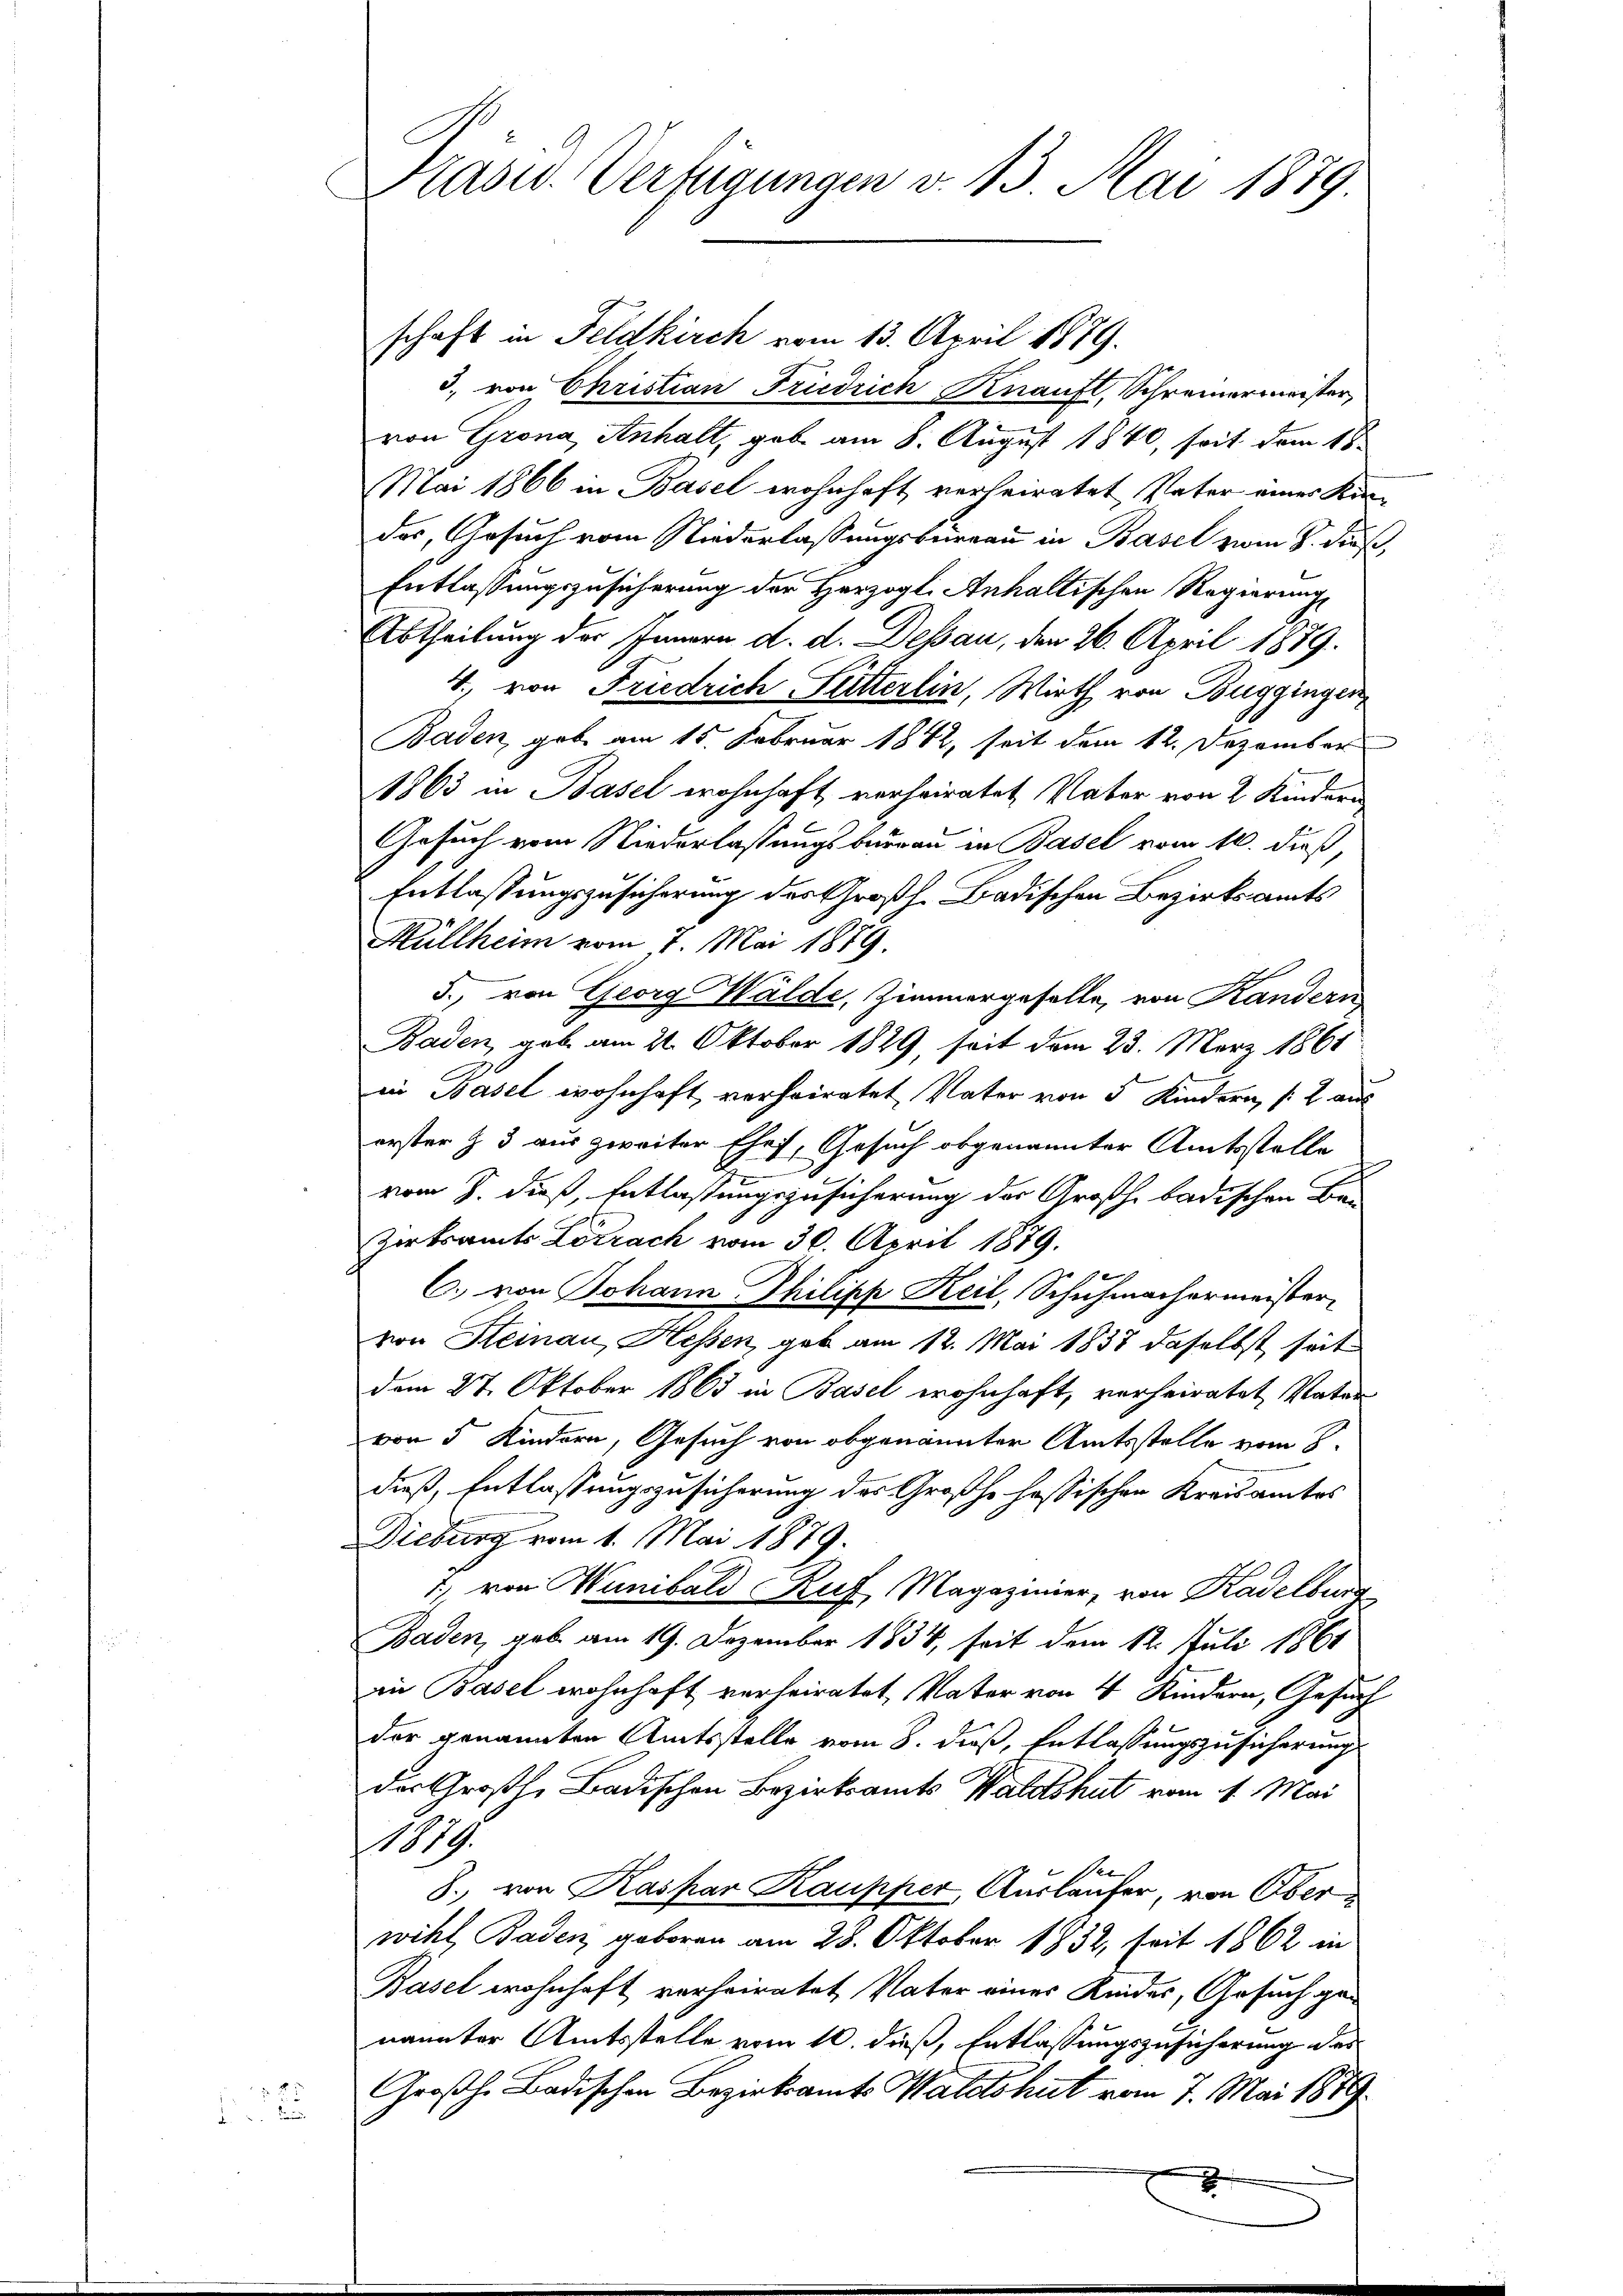
2

Präsid. Verfügungen v. 13. Mai 1879.

schaft in Feldkirch vom 13. April 1879.
3. von Christian Friedrich Knauft, Schreinermeister,
von Grona Anhalt, gab am 8. August 1840, seit dem 18.
Mai 1866 in Basel wohnhaft verheiratet, Vater eines Kin-
das, Gesuch vom Niederlassungsbureau in Basel vom 8. dieß,
Entlassungszusicherung der Herzogl. Anhaltischen Regierung
Abtheilung des Innern d. d. Dessau, den 26. April 1889.
4., von Friedrich Fütterlin, Wirth von Bugginger
Baden, gebe am 15. Februar 1842, seit dem 12. Dezember
1863 in Basel wohnhaft verheiratet, Vater von 2 Kindern
Gesuch vom Niederlassungsbaurau in Basel vom 10. dieß,
Entlassungszusicherung des Großh. Badischen Bezirksamts
Hüllheim vom 7. Mai 1879.
5., von Georg Wälde, Zimmergeselle, von Kandern
Baden, gab am 21. Oktober 1829, soit dem 23. März 1861
in Basel wohnhaft verheiratet, Vater von 5 Kindern, (: aus
erster § 3 aus zweiter Ehef, Gesuch obgenannter Amtsstelle
.
vom 3. dieß, Entlassungszusicherung der Großh. badischen Be-
Zirksamts Lörrach vom 30. April 1879.
C. von Johann Philipp Keil, Schuhmachermeister,
von Steinau, Hessen, geb am 12. Mai 1838 daselbst seit
dem 27. Oktober 1865 in Basel wohnhaft, verheiratet, Vater
von 5 Kindern, Gesuch von obgenannter Amtsstelle vom 8.
dieß, Entlassungszusicherung des Großhe hassischen Kreisamtes
Diebung vom 1. Mai 1879.
) von Wambald Auf Magazinier, von Kadelburg
Baden, geb. am 19. Dezember 1834, seit dem 12. Juli 1861
in Basel wohnhaft verheiratet, Vater von 4 Kindern, Gesuch
der genannten Amtsstelle vom 8. dieß, Entlassungszusicherung
des Großh. Badischen Bezirksamts Waldshut vom 1. Mai
.
8. von Kaspar Kaupper, Ausläufer, von Oberwihl, Baden, geboren am 28. Oktober 1832, seit 1862 in
Basel wohnhaft verheiratet, Vater eines Kinder, Gesuch ge-
nannter Amtsstelle vom 10. dieß, Entlassungszusicherung des
Großh. Badischen Bezirksamts Waldshut vom 7. Mai 1879
2